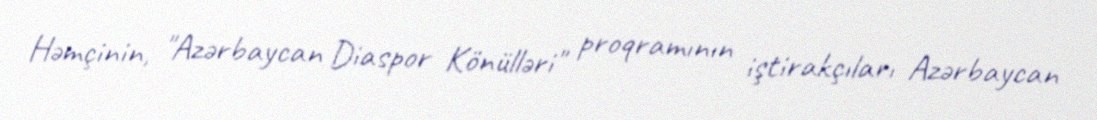
Həmçinin, "Azərbaycan Diaspor Könülləri" proqramının iştirakçıları Azərbaycan